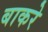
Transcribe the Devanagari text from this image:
बाकरे